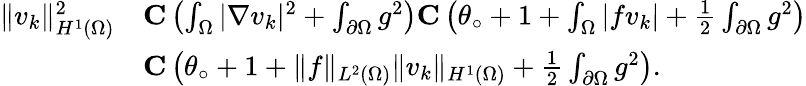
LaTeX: \begin{array}{rl}{\| v_{k}\| _{H^{1}(\Omega)}^{2}}&{\le C\left(\int_{\Omega}|\nabla v_{k}|^{2}+\int_{\partial\Omega}g^{2}\right)\le C\left(\theta_{\circ}+1+\int_{\Omega}|fv_{k}|+\frac 12\int_{\partial\Omega}g^{2}\right)}\\ &{\le C\left(\theta_{\circ}+1+\| f\| _{L^{2}(\Omega)}\| v_{k}\| _{H^{1}(\Omega)}+\frac 12\int_{\partial\Omega}g^{2}\right).}\end{array}